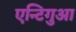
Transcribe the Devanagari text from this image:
एन्टिगुआ